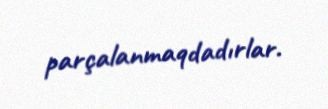
parçalanmaqdadırlar.